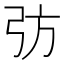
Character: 𢎷